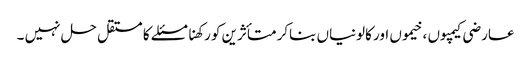
عارضی کیمپوں ، خیموں اور کالونیاں بناکر متأثرین کو رکھنا مسئلے کا مستقل حل نہیں ۔